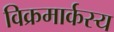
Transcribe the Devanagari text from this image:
विक्रमार्कस्य